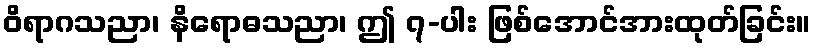
ဝိရာဂသညာ၊ နိရောဓသညာ၊ ဤ ၇-ပါး ဖြစ်အောင်အားထုတ်ခြင်း။